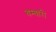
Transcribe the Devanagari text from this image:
बम्बारी